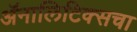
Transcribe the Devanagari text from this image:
ॲनालिटिक्सचा